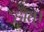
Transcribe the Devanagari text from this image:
हात्।